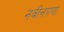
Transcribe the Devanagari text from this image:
नवीनपणा